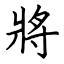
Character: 將